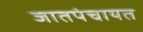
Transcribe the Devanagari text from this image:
जातपंचायत